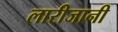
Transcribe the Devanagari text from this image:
लारीजानी